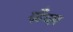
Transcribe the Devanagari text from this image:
कँप्स